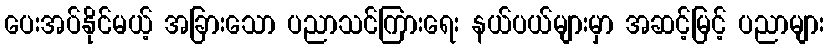
ပေးအပ်နိုင်မယ့် အခြားသော ပညာသင်ကြားရေး နယ်ပယ်များမှာ အဆင့်မြင့် ပညာများ